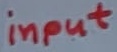
Text: input